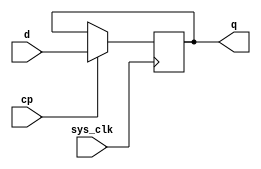
module fd1q
(
	output	q,
	input		d,
	input		cp,
	input		sys_clk
);

reg	fd_data = 1'b0;

assign q = fd_data;

// always @(posedge cp)
always @(posedge sys_clk)
begin
	if (cp) begin
		fd_data <= d;
	end
end

endmodule